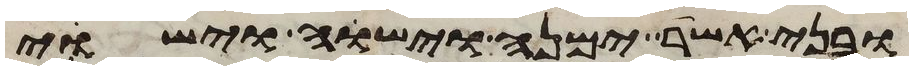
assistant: ובני אשר ימנה וישוה וישוי